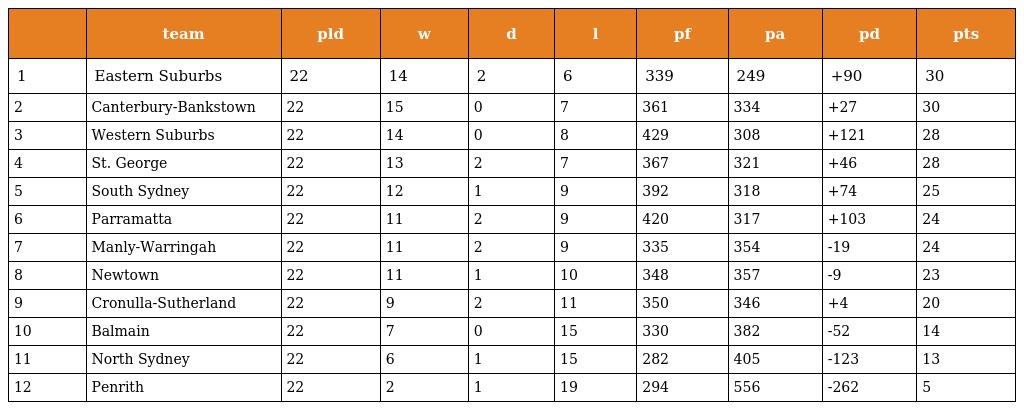
|  | team | pld | w | d | l | pf | pa | pd | pts |
 | --- | --- | --- | --- | --- | --- | --- | --- | --- | --- |
 | 1 | Eastern Suburbs | 22 | 14 | 2 | 6 | 339 | 249 | +90 | 30 |
 | 2 | Canterbury-Bankstown | 22 | 15 | 0 | 7 | 361 | 334 | +27 | 30 |
 | 3 | Western Suburbs | 22 | 14 | 0 | 8 | 429 | 308 | +121 | 28 |
 | 4 | St. George | 22 | 13 | 2 | 7 | 367 | 321 | +46 | 28 |
 | 5 | South Sydney | 22 | 12 | 1 | 9 | 392 | 318 | +74 | 25 |
 | 6 | Parramatta | 22 | 11 | 2 | 9 | 420 | 317 | +103 | 24 |
 | 7 | Manly-Warringah | 22 | 11 | 2 | 9 | 335 | 354 | -19 | 24 |
 | 8 | Newtown | 22 | 11 | 1 | 10 | 348 | 357 | -9 | 23 |
 | 9 | Cronulla-Sutherland | 22 | 9 | 2 | 11 | 350 | 346 | +4 | 20 |
 | 10 | Balmain | 22 | 7 | 0 | 15 | 330 | 382 | -52 | 14 |
 | 11 | North Sydney | 22 | 6 | 1 | 15 | 282 | 405 | -123 | 13 |
 | 12 | Penrith | 22 | 2 | 1 | 19 | 294 | 556 | -262 | 5 |